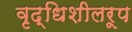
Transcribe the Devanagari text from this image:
वृद्धिशीलरूप